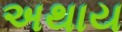
અથાય